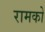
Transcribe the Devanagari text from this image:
रामको